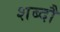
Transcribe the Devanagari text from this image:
शब्दौ